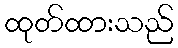
ထုတ်ထားသည်